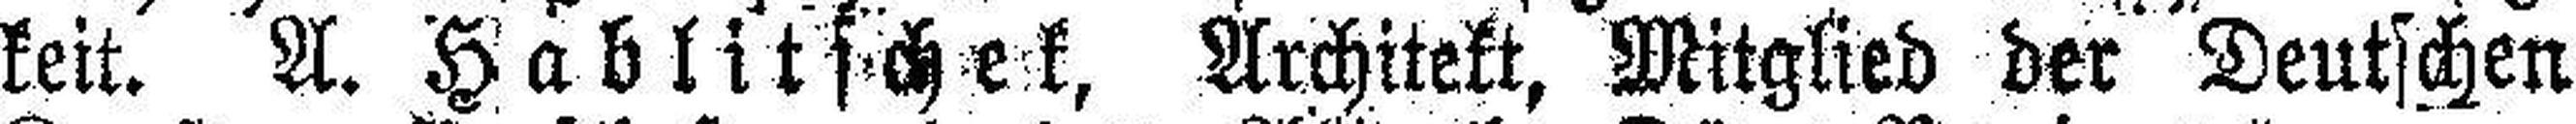
keit. A. Hablitschek, Architekt, Mitglied der Deutschen